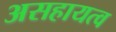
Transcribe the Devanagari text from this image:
असहायत्व